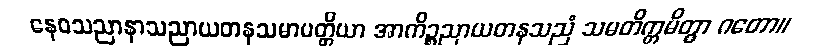
နေဝသညာနာသညာယတနသမာပတ္တိယာ အာကိဉ္စညာယတနသညံ သမတိက္ကမိတွာ ဂတော။